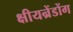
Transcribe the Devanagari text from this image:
क्षीयन्रेंडोंग